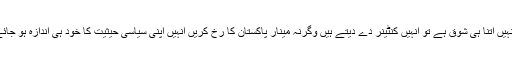
اگر انہیں اتنا ہی شوق ہے تو انہیں کنٹینر دے دیتے ہیں وگرنہ مینار پاکستان کا رخ کریں انہیں اپنی سیاسی حیثیت کا خود ہی اندازہ ہو جائے گا۔